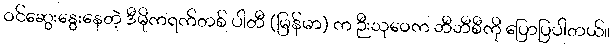
ဝင်ဆွေးနွေးနေတဲ့ ဒီမိုကရက်တစ် ပါတီ (မြန်မာ) က ဉီးသုဝေက ဘီဘီစီကို ပြောပြပါတယ်။